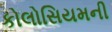
કોલોસિયમની